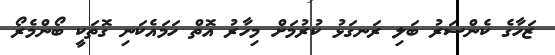
ޒަހާގެ ކެންސަރު ބަލި ރަނގަޅު ކުރުމަށް މިހާރު އޮތް ހަމައެކަނި ގޮތަކީ ބޯންމެރޯ